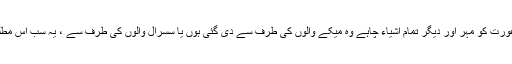
جواب:۲-جب شوہر از خود طلاق دے تو ایسی صورت میں عورت کو مہر اور دیگر تمام اشیاء چاہے وہ میکے والوں کی طرف سے دی گئی ہوں یا سسرال والوں کی طرف سے ، یہ سب اُس مطلقہ کا حق ہے اور شوہر اُن میں سے کچھ بھی نہیں لے سکتا۔